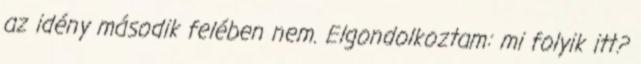
az idény második felében nem. Elgondolkoztam: mi folyik itt?